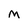
Character: M